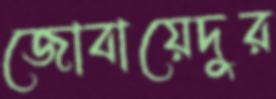
জোবায়েদুর